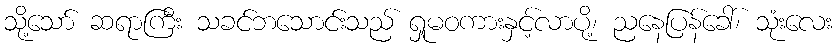
သို့သော် ဆရာကြီး သခင်ဘသောင်းသည် ရှုမဝကားနှင့်လာပို့၊ ညနေပြန်ခေါ်၊ သုံးလေး